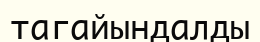
тагайындалды